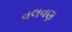
વલવણ